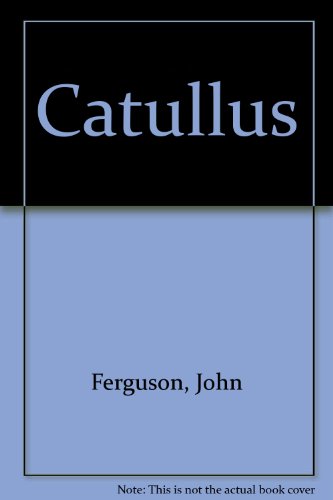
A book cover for Catullus; John Ferguson; Literature & Fiction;